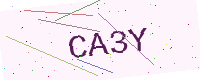
Text: CA3Y